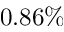
0 . 8 6 \%